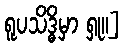
ရူပသိဒ္ဓိမှာ ရှု။]